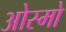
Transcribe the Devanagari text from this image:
ओस्मो